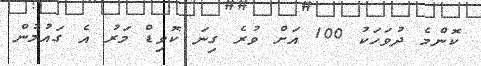
ކޮންމެ ދުވަހަކު 100 އަށް ވުރެ ގިނަ ކޮވިޑް މަރު އެ ގައުމުން